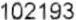
102193